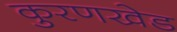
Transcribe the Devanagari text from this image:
कुरणखेड